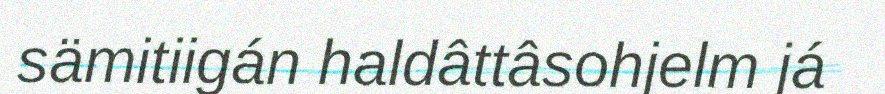
sämitiigán haldâttâsohjelm já